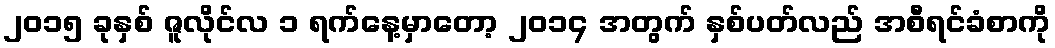
၂၀၁၅ ခုနှစ် ဇူလိုင်လ ၁ ရက်နေ့မှာတော့ ၂၀၁၄ အတွက် နှစ်ပတ်လည် အစီရင်ခံစာကို